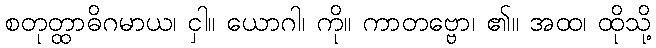
စတုတ္ထာဓိဂမာယ၊ ငှါ။ ယောဂါ၊ ကို။ ကာတဗ္ဗော၊ ၏။ အထ၊ ထိုသို့